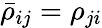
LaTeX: \bar{\rho}_{ij}=\rho_{ji}